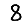
Digit: 8